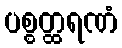
ပစ္စတ္ထရဏံ